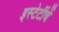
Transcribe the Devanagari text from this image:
इस्टेटींचें